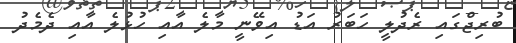
ބުރިޖްގައި ރެދުލީ ހަބަރު އަޑު އިވޭނީ މާލެ އާއި ހުޅުލެ އާއި ދެމެދު